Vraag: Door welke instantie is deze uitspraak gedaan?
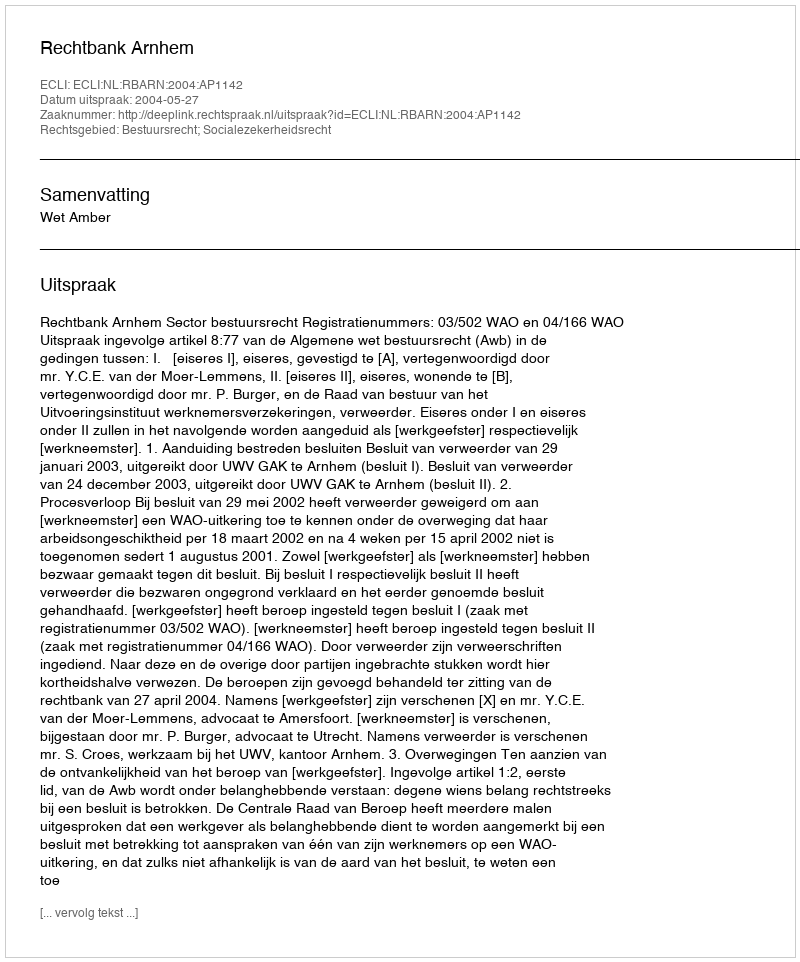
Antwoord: Rechtbank Arnhem